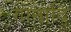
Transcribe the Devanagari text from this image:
गानादि